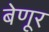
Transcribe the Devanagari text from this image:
बेणूर